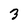
Character: 3